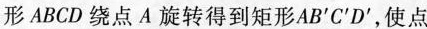
形ABCD绕点A旋转得到矩形AB^{\prime} C^{\prime} D^{\prime}，使点